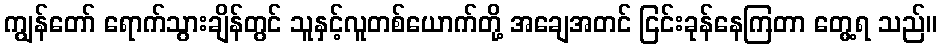
ကျွန်တော် ရောက်သွားချိန်တွင် သူနှင့်လူတစ်ယောက်တို့ အချေအတင် ငြင်းခုန်နေကြတာ တွေ့ရ သည်။